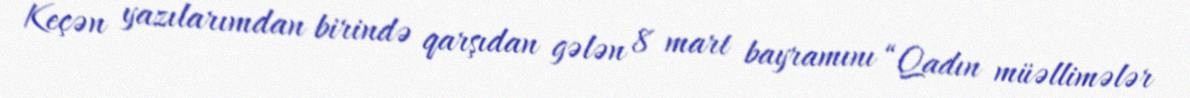
Keçən yazılarımdan birində qarşıdan gələn 8 mart bayramını “Qadın müəllimələr